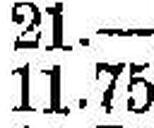
11.75